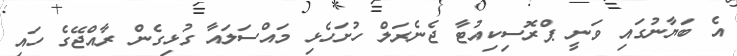
އެ ބަޔާނުގައި ވަނީ ޕްރޮސިކިއުޓާ ޖެނެރަލް ހުށަހެޅި މައްސަލައާ ގުޅިގެން ރާއްޖޭގެ ހައި